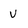
Character: v